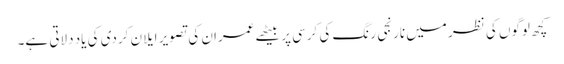
کچھ لوگوں کی نظر میں نارنجی رنگ کی کرسی پر بیٹھے عمران کی تصویر ایلان کردی کی یاد دلاتی ہے۔